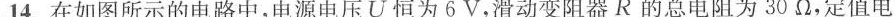
14.在如图所示的电路中，电源电压U恒为6V，滑动变阻器R的总电阻为30Ω，定值电